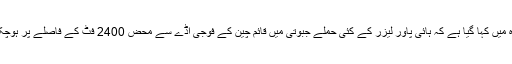
اس انتباہ میں کہا گیا ہے کہ ہائی پاور لیزر کے کئی حملے جبوتی میں قائم چین کے فوجی اڈے سے محض 2400 فٹ کے فاصلے پر ہوچکے ہیں۔